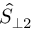
\hat { S } _ { \perp 2 }